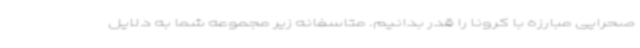
صحرایی مبارزه با کرونا را قدر بدانیم. متاسفانه زیر مجموعه شما به دلایل